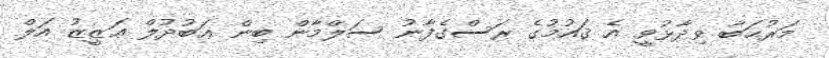
މަރުޙަބާ ވިދާޅުވީ އެ ޤައުމުގެ ރަސްގެފާނު ސަލްމާން ބިން ޢަބުދުލް ޢަޒީޒު އަލް